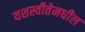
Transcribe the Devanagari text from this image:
यशस्वीतेमधील